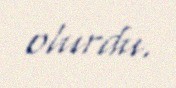
olurdu.